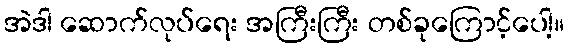
အဲဒါ ဆောက်လုပ်ရေး အကြီးကြီး တစ်ခုကြောင့်ပေါ့။